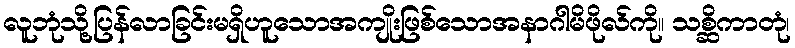
လူဘုံသို့ပြန်လာခြင်းမရှိဟူသောအကျိုးဖြစ်သောအနာဂါမိဖိုလ်ကို။ သစ္ဆိကာတုံ၊